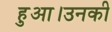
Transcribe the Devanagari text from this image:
हुआ।उनकी